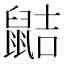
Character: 𪕖